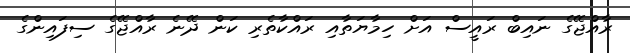
ރާއްޖޭގެ ނައިބް ރައީސް އަށް ހިމާޔަތާއި ރައްކާތެރި ކަން ދޭނެ ރާއްޖޭގެ ސިފައިންގެ